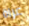
عراة